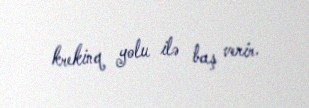
krekinq yolu ilə baş verir.